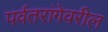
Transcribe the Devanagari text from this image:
पर्वतरांगेवरील